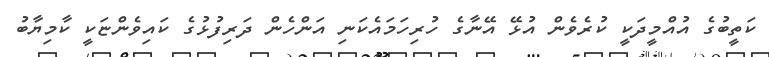
ކަތީބުގެ އުއްމީދަކީ ކުރެވެން އުޅޭ އޭނާގެ ހުރިހަމައެކަނި އަންހެން ދަރިފުޅުގެ ކައިވެންޏަކީ ކާމިޔާބު